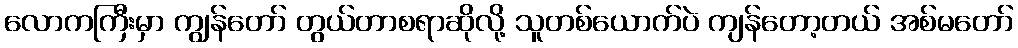
လောကကြီးမှာ ကျွန်တော် တွယ်တာစရာဆိုလို့ သူတစ်ယောက်ပဲ ကျန်တော့တယ် အစ်မတော်